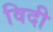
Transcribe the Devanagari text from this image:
विदी